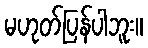
မဟုတ်ပြန်ပါဘူး။